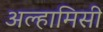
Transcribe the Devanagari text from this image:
अल्हामिसी